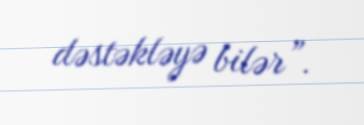
dəstəkləyə bilər”.